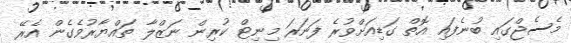
މެސެޖްގައި ބުނެފައި އޮތް ގަޑިއަށްވުރެ ފަނަރަ މިނިޓް ކުރިން ނަޒްލާ ތައްޔާރުވެގެން އެރޭ